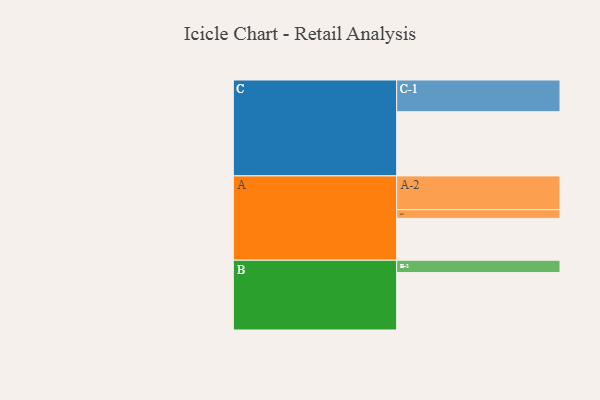
{"axis": {"x": "Segment", "y": "Value"}, "legend": ["", "A", "B", "C"], "data": [{"x": "A", "y": 322, "type": ""}, {"x": "B", "y": 442, "type": ""}, {"x": "C", "y": 494, "type": ""}, {"x": "A-1", "y": 67, "type": "A"}, {"x": "A-2", "y": 260, "type": "A"}, {"x": "B-1", "y": 95, "type": "B"}, {"x": "C-1", "y": 244, "type": "C"}]}